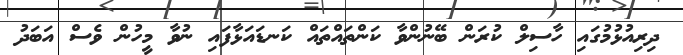
ދިރިއުޅުމުގައި ހާސިލް ކުރަން ބޭނުންވާ ކަންތައްތައް ކަނޑައަޅާފައި ނުވާ މީހުން ވެސް އަބަދު